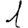
Digit: 1